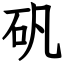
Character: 矾